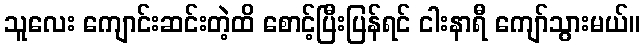
သူလေး ကျောင်းဆင်းတဲ့ထိ စောင့်ပြီးပြန်ရင် ငါးနာရီ ကျော်သွားမယ်။